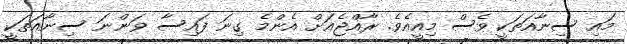
މައި ސިނާއަތަަކީ ވެސް މިއީއެވެ. ރާއްޖެއަށް އެންމެ ގިނަ ފައިސާ ވަންނަ ސިނާއަތަކީ